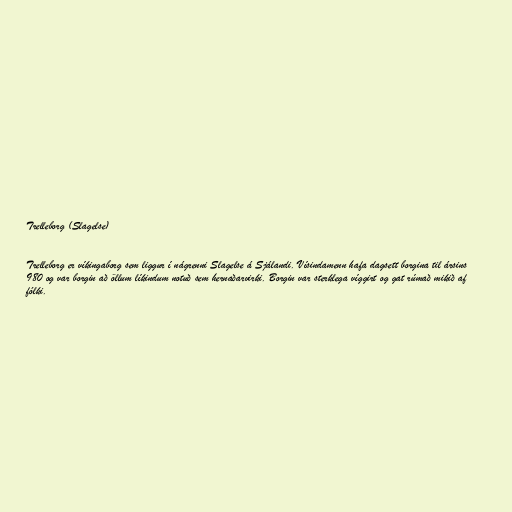
Trelleborg (Slagelse)

Trelleborg er víkingaborg sem liggur í nágrenni Slagelse á Sjálandi. Vísindamenn hafa dagsett borgina til ársins
980 og var borgin að öllum líkindum notuð sem hernaðarvirki. Borgin var sterklega víggirt og gat rúmað mikið af
fólki.